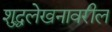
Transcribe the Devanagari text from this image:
शुद्धलेखनावरील